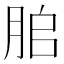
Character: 䏨